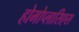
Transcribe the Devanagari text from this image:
होमोप्लासिएस